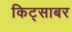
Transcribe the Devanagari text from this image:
किट्साबर